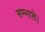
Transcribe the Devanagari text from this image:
सम्भाले।